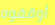
أوقفوه